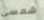
شمسي